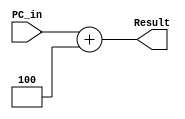
`timescale 1ns/1ns

module Add (
	input [31:0] PC_in,
	output [31:0] Result
);

assign Result = PC_in + 32'd4;

endmodule